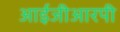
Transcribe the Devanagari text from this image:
आईजीआरपी